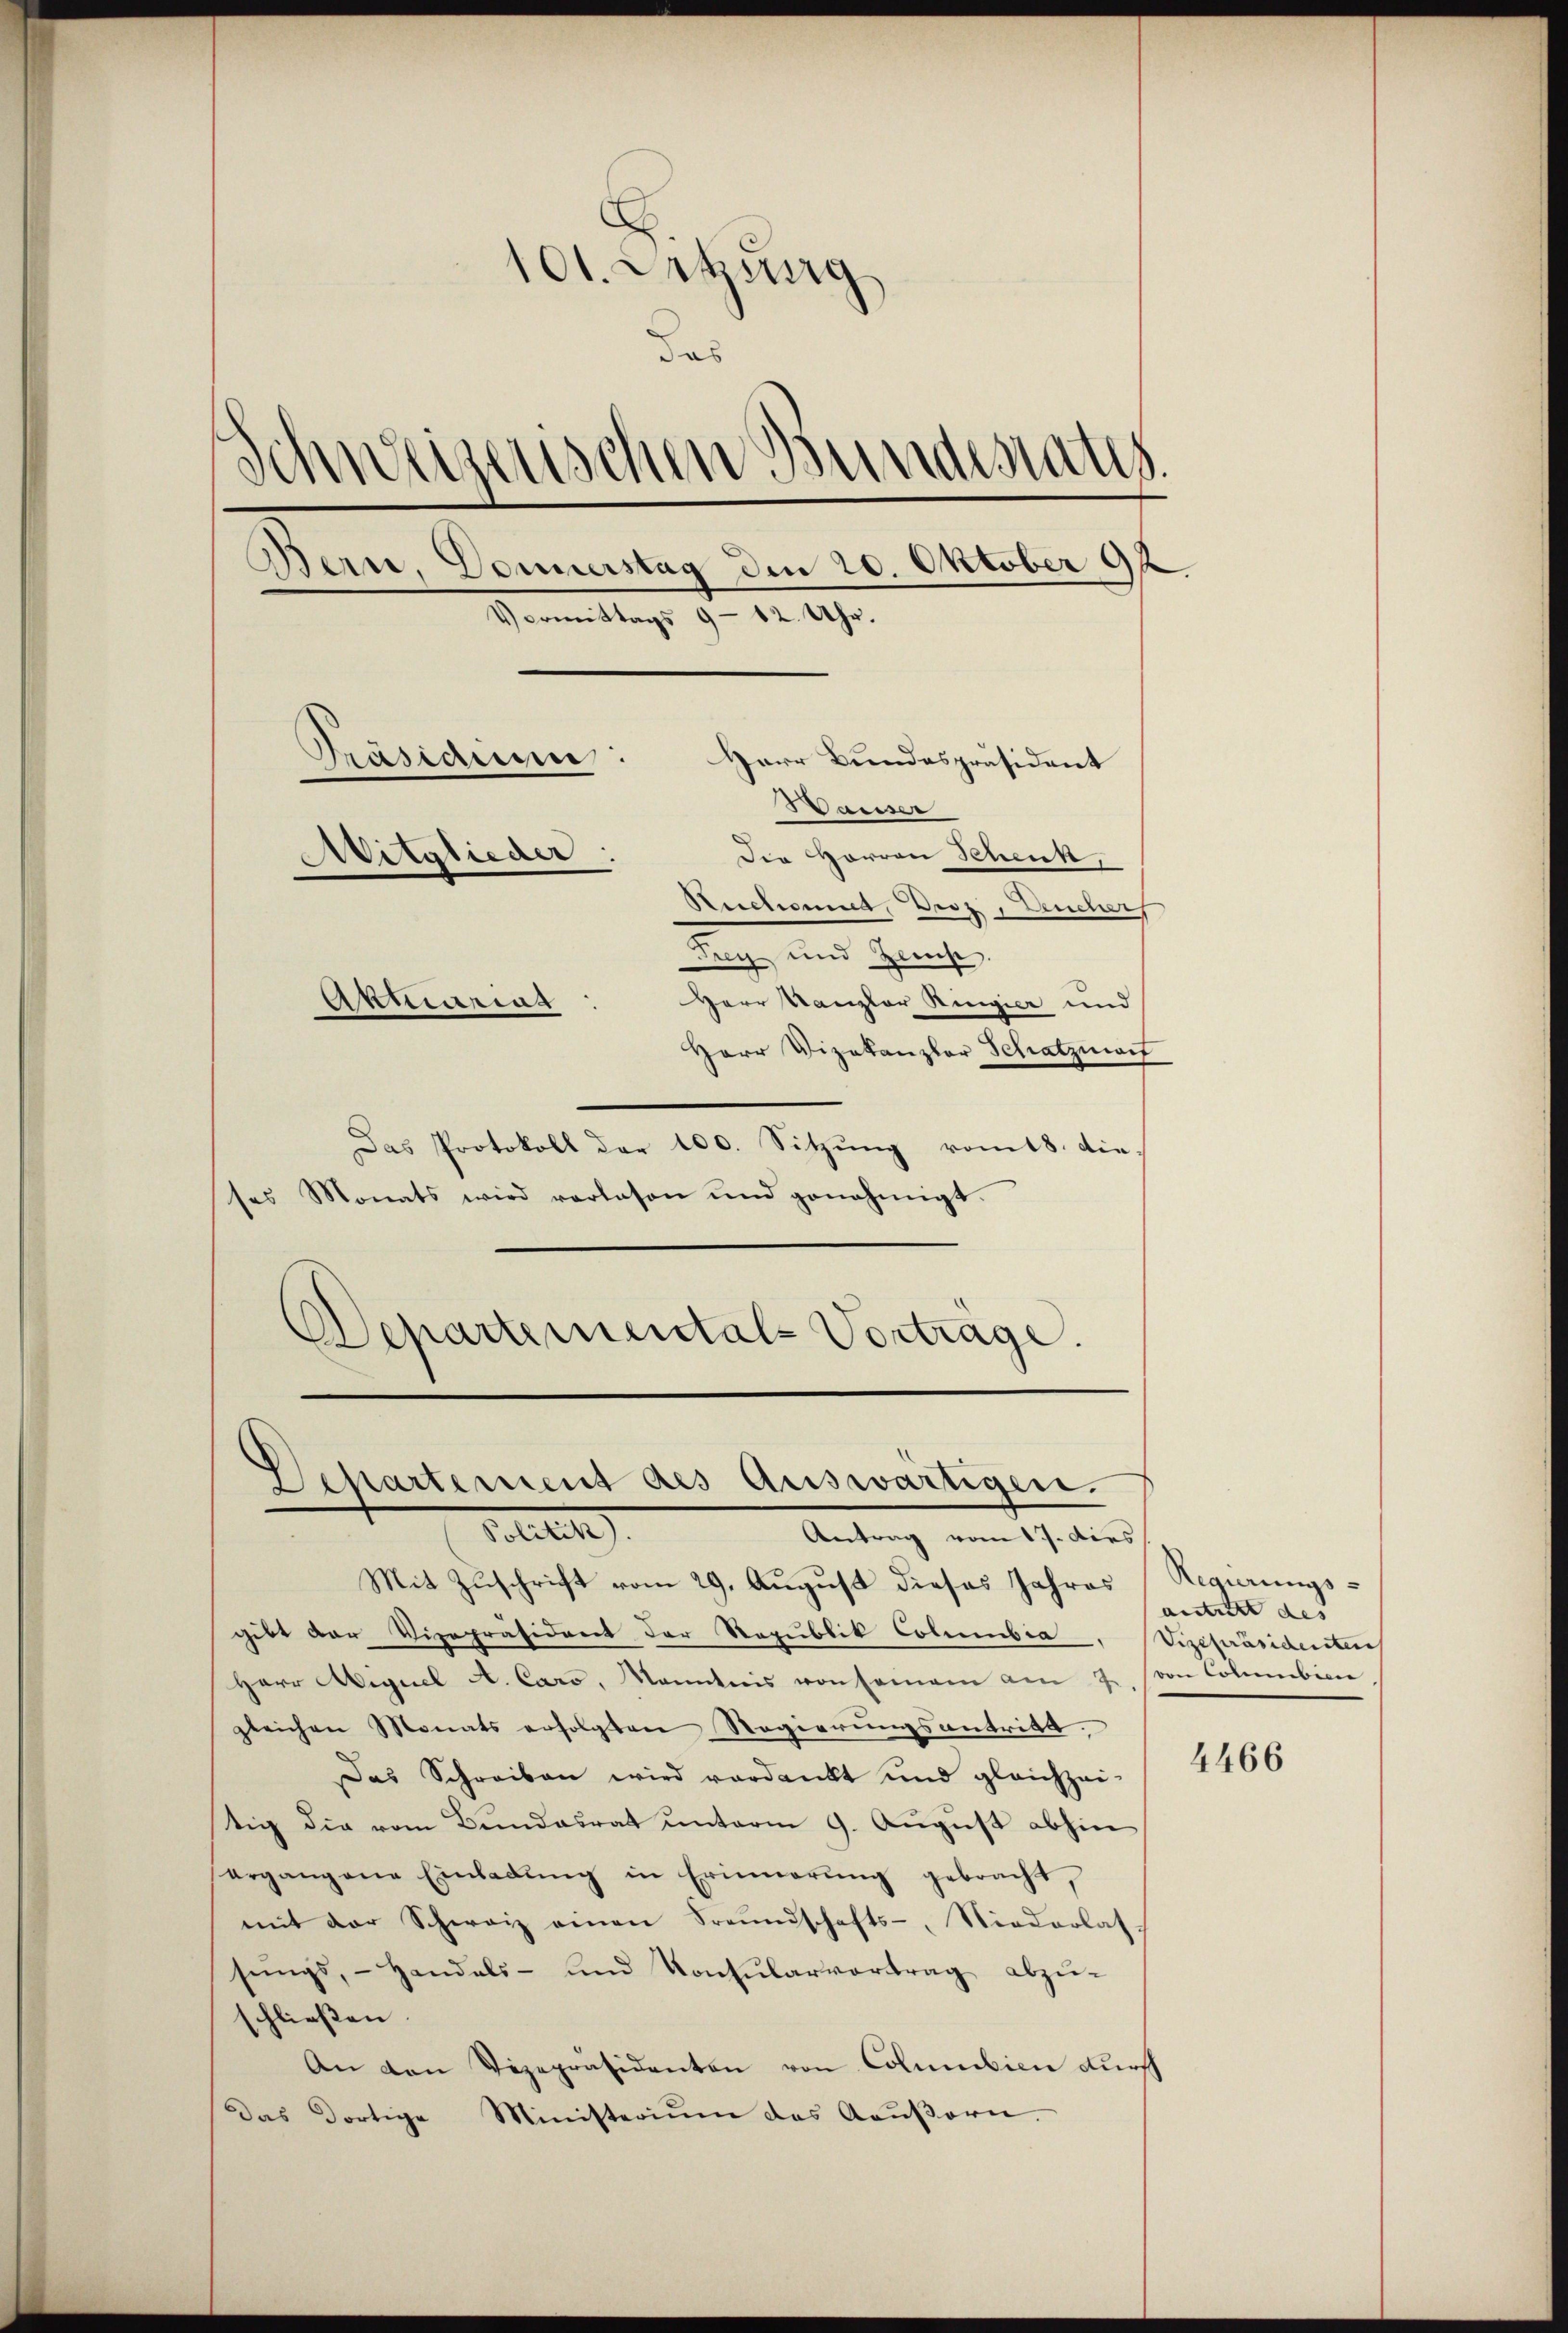
101. Letzung
das
Schweizenschen Bundesrates.
Bern, Donnerstag den 20. Oktober 98
Vermittags 9 - 12 Uhr.
Präsiden:
Herr Bundespräsident
Hauser
Der Herren Schenk,
Mitglieder:
Ruchonnet, Droz, Deuchers
age, den Schaniste
Herr Kanzler Ringier und
Aktecariat
Herr Vizekanzler Schatzmat

Das Protokoll der 100. Sitzŭng vom 18. die
es Monats wird verlasen ŭnd genehmigt.
Departementals Vorträge.

Mit Zuschrift vom 29. August dieses Jahres (Regierungsgibt der Vizepräsident der Republik Columbia, Vizepräsidenten
Herr Aiguel A. Caro, Kanntnis von saman am 7. von Colmbin
gleichen Monats erfolgten Regierŭngsantritt.
Das Schreiben wird verdankt und gleichzei-
stig die vom Bundesrat unterm 9. August abhin
ergangene Einladung in Erinnerung gebracht,
mit der Schweiz einen Freundschafts-, Niederlassŭngs, Handels- und Konsularvertrag abzŭ-
schließen. |
An den Vizepräsidenten von Columbien durch
Das dortige Ministerium das Aaŭβern.

Separtement des Auswärtigen.
Politik
Antrag vom 17. Dies

antiert des

4466